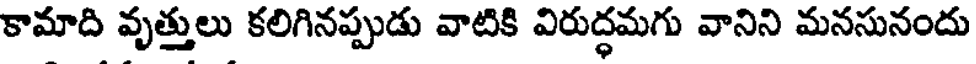
కామాది వృత్తులు కలిగినప్పుడు వాటికి విరుద్ధమగు వానిని మనసునందు